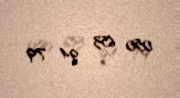
050 653 94 79